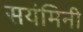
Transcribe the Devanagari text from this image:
सयंमिनी